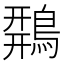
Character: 𪂍